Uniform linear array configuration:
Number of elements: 16
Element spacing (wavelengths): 0.25
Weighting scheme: kaiser
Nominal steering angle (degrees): -45
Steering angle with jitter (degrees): -45.515
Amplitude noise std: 0.05
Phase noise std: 0.05

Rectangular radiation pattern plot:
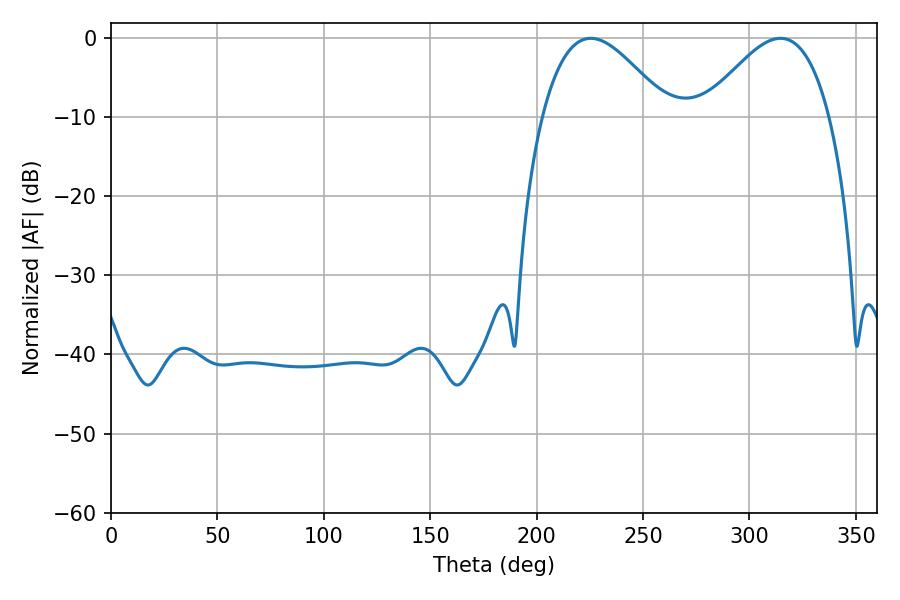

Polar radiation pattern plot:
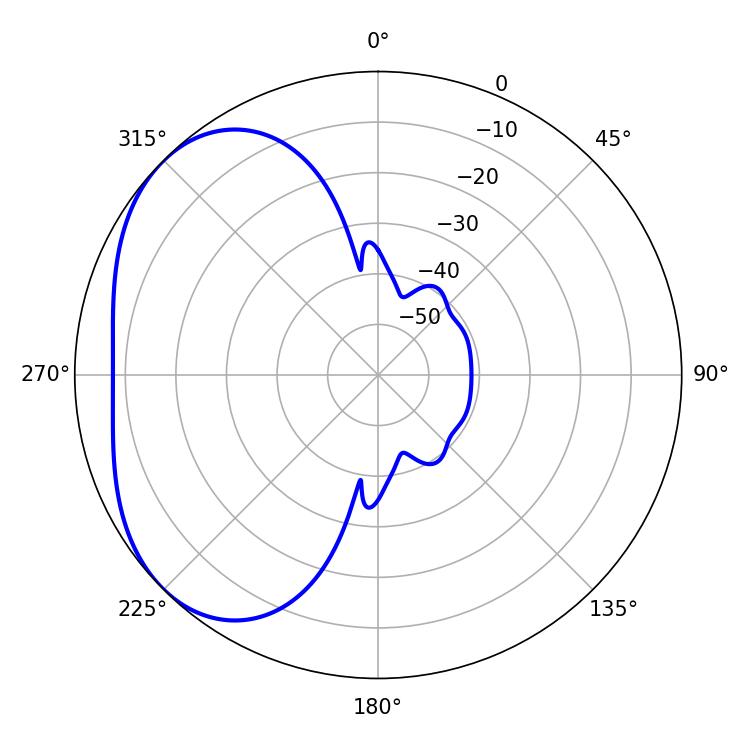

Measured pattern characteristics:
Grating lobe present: FALSE
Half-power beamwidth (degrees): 31.86
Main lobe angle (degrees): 225.36